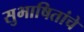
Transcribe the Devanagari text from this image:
सुभाषितांचे